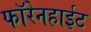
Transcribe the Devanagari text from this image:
फॉरेनहाईट